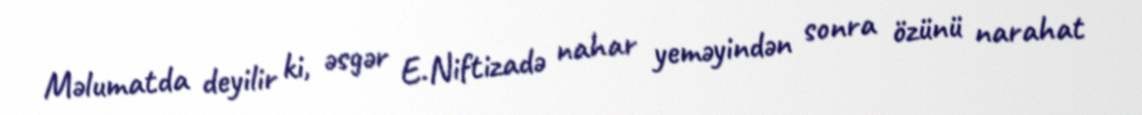
Məlumatda deyilir ki, əsgər E.Niftizadə nahar yeməyindən sonra özünü narahat